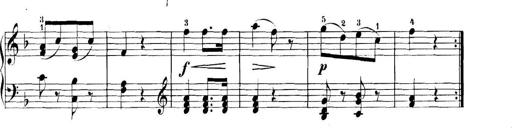
Title: 11 Sonatinas
Composer: Anton Diabelli